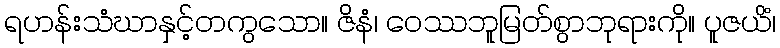
ရဟန်းသံဃာနှင့်တကွသော။ ဇိနံ၊ ဝေဿဘူမြတ်စွာဘုရားကို။ ပူဇယိံ၊